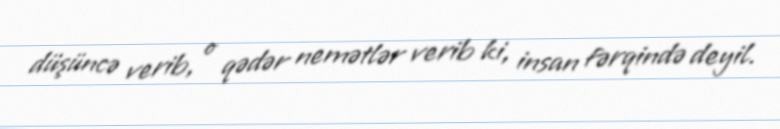
düşüncə verib, o qədər nemətlər verib ki, insan fərqində deyil.